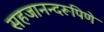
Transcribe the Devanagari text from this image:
सहजानन्दरूपिणे